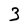
Character: 3